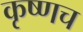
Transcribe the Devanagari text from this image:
कृष्णच